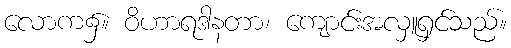
လောက၌။ ဝိဟာရဒါနတာ၊ ကျောင်းအလှူရှင်သည်။